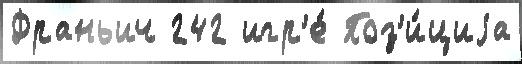
Франьич 242 игр'е́ Поз'и́циjа